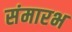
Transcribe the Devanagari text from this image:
संमारभ